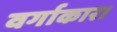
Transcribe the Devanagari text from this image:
वर्गाकार।